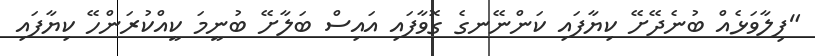
"ފިލާވަޅެއް ބުނެދޭށޭ ކިޔާފައި ކަންނޭނގެ ގޮވާފައި އައިސް ބަލާށޭ ބުނީމަ ކީއްކުރަންހޭ ކިޔާފައި